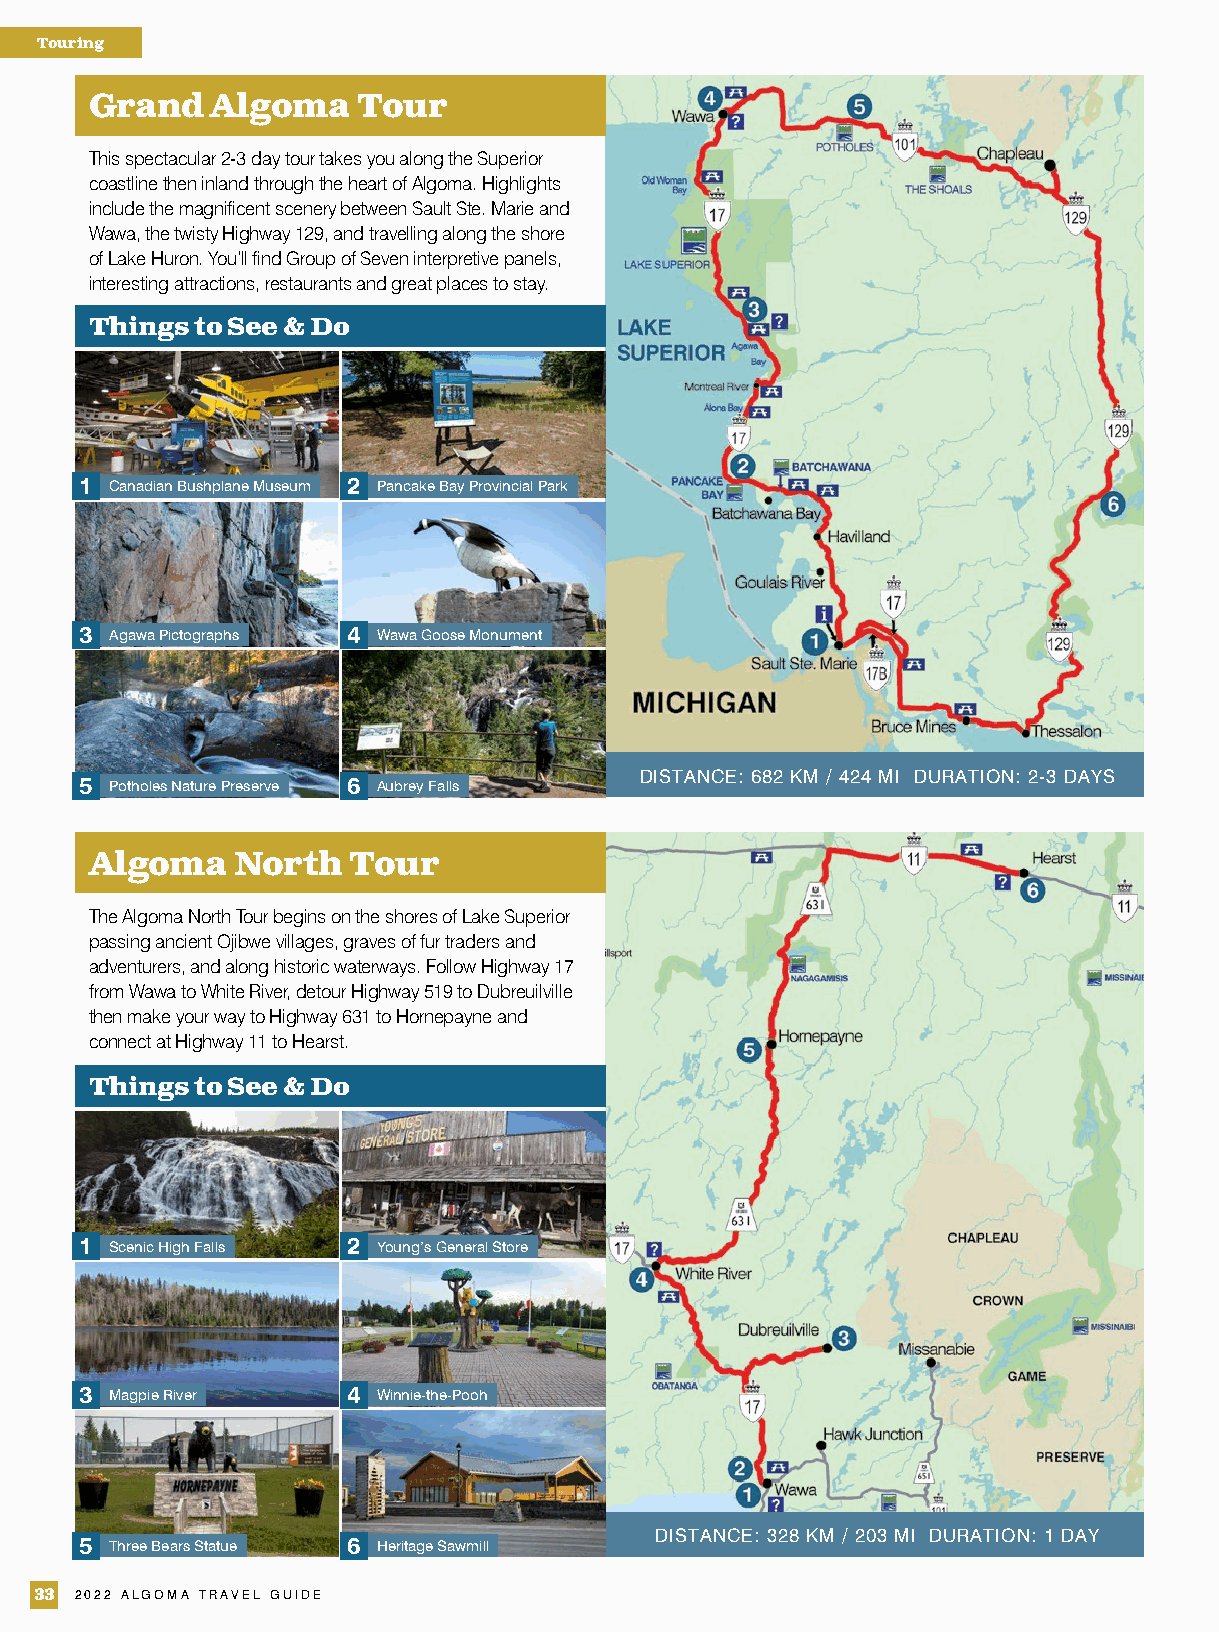
Touring
 Grand   Algoma    Tour
 This spectacular 2-3 day tour takes you along the Superior
 coastline then inland through the heart of Algoma. Highlights
 include the magnificent scenery between Sault Ste. Marie and
 Wawa, the twisty Highway 129, and travelling along the shore
 of Lake Huron. You’ll find Group of Seven interpretive panels,
 interesting attractions, restaurants and great places to stay.
 Things to See & Do
 1 Canadian Bushplane Museum 2 Pancake Bay Provincial Park
 3 Agawa Pictographs 4 Wawa Goose Monument
 DISTANCE: 682 KM / 424 MI DURATION: 2-3 DAYS
 5 Potholes Nature Preserve 6 Aubrey Falls
 Algoma    North  Tour
 The Algoma North Tour begins on the shores of Lake Superior
 passing ancient Ojibwe villages, graves of fur traders and
 adventurers, and along historic waterways. Follow Highway 17
 from Wawa to White River, detour Highway 519 to Dubreuilville
 then make your way to Highway 631 to Hornepayne and
 connect at Highway 11 to Hearst.
 Things to See & Do
 1 Scenic High Falls 2 Young’s General Store
 3 Magpie River    4 Winnie-the-Pooh
 DISTANCE: 328 KM / 203 MI DURATION: 1 DAY
 5 Three Bears Statue 6 Heritage Sawmill
 33 2022 ALGOMA TRAVEL GUIDE